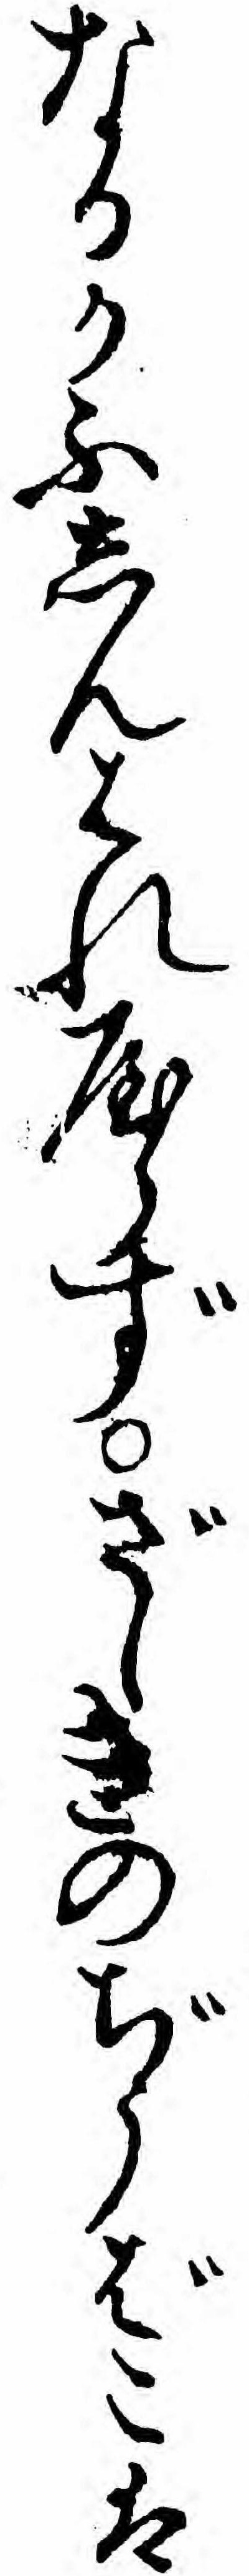
なるかふしんはれやらずざしきのぢうばこは